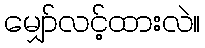
မျှော်လင့်ထားလဲ။